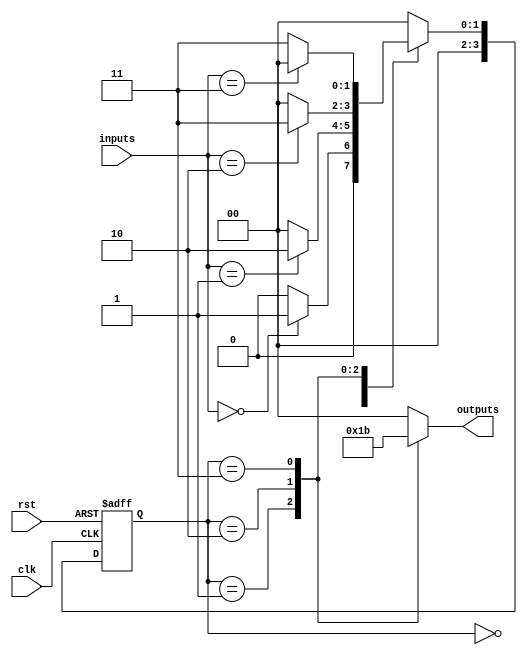
module finite_state_machine(
    input wire clk,
    input wire rst,
    input wire [N_INPUTS-1:0] inputs,
    output reg [N_OUTPUTS-1:0] outputs
);

// Parameters
parameter N_INPUTS = 3; // Number of inputs
parameter N_OUTPUTS = 2; // Number of outputs
parameter N_STATES = 4; // Number of states

// State register
reg [N_STATES-1:0] state_reg, next_state;

// Define states
localparam IDLE = 2'b00; // Idle state
localparam STATE1 = 2'b01; // State 1
localparam STATE2 = 2'b10; // State 2
localparam STATE3 = 2'b11; // State 3

// State transition table
always @(*)
begin
    case(state_reg)
        IDLE: begin
            if(inputs == 3'b000) next_state = STATE1;
            else next_state = IDLE;
        end
        STATE1: begin
            if(inputs == 3'b001) next_state = STATE2;
            else next_state = IDLE;
        end
        STATE2: begin
            if(inputs == 3'b010) next_state = STATE3;
            else next_state = IDLE;
        end
        STATE3: begin
            if(inputs == 3'b011) next_state = IDLE;
            else next_state = STATE3;
        end
        default: next_state = IDLE;
    endcase
end

// Output logic
always @(*)
begin
    case(state_reg)
        IDLE: outputs = 2'b00;
        STATE1: outputs = 2'b01;
        STATE2: outputs = 2'b10;
        STATE3: outputs = 2'b11;
        default: outputs = 2'b00;
    endcase
end

// State transition
always @(posedge clk, posedge rst)
begin
    if(rst) state_reg <= IDLE;
    else state_reg <= next_state;
end

endmodule